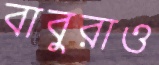
বাবুরাও